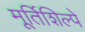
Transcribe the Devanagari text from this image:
मूर्तिशिल्पे